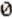
0